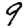
Digit: 9